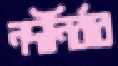
নদীনির্ঝর